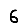
Digit: 6